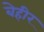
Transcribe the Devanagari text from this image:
बेहीर